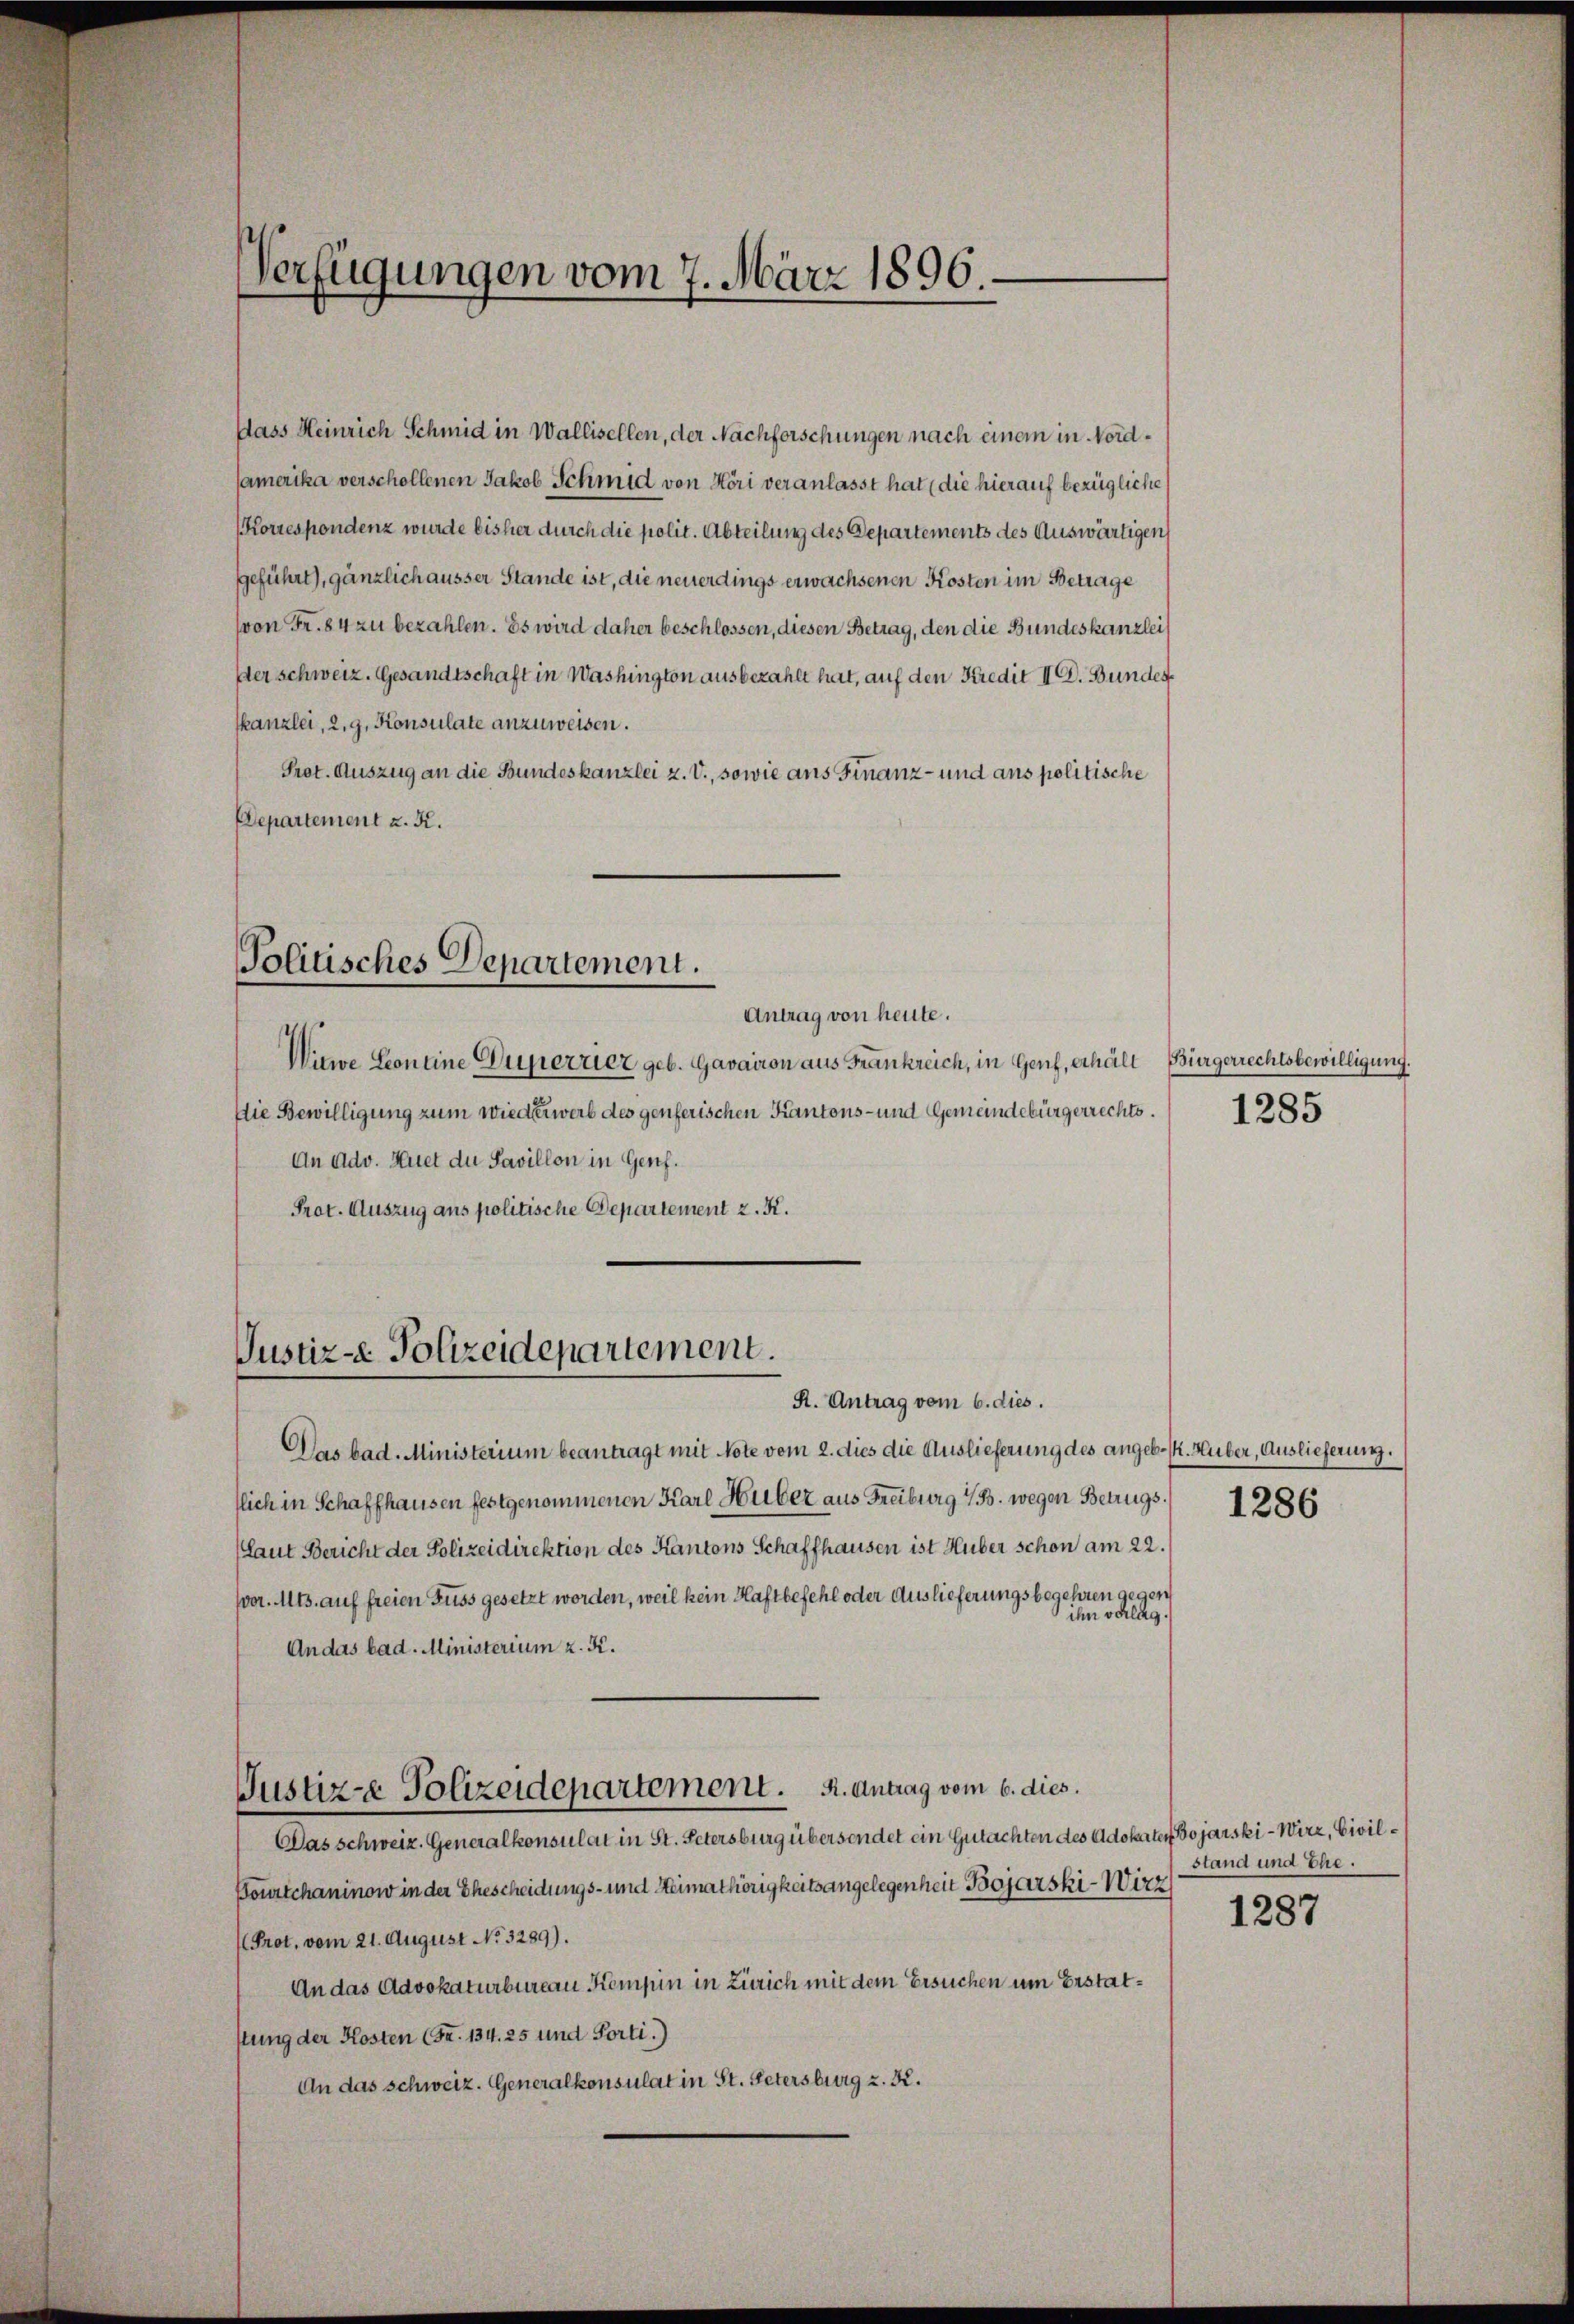
Dass Heinrich Schmid in Wallisellen, der Nachforschungen nach einem in Nord¬
Camerika verschollenen Jakob Schmid von Höri veranlasst hat die hierauf bezügliche
Korrespondenz wurde bisher durch die polit. Abteilung des Departements des Auswärtigen
geführt), gänzlich äusser Stande ist, die neuerdings erwachsenen Kosten im Betrage
(von Fr. 84 zu bezahlen. Es wird daher beschlossen, diesen Betrag, den die Bundeskanzlei
Der schweiz. Gesandtschaft in Washington ausbezahlt hat, auf den Kredit II. Bundes
skanzlei, 2. g. Konsulate anzuweisen.
Pret. Auszug an die Bundeskanzlei z. V., sowie aus Finanz- und aus politische
Departement z. R.

Verfügungen vom 7. März 1896.

Tolitisches Departement.

Witwe Leoneine Dupertier geb. Gavairon aus Frankreich, in Genf, erhält Bürgerrechtsbewilligung.
Die Bewilligung zum wiederwerb des genferischen Kantons- und Gemeindebürgerrechts.
An Adv. Huet du Pavillon in Genf.
Prot. Auszug aus politische Departement z. K.

Justiz- Polizeidepartement.

Justiz-e Polizeidepartement. A. Antrag vom 6. dies.
Das schweiz. Generalkonsulat in St. Petersburg übersendet ein Gutachten des Adokaten Bojarski - Wirz, Civil¬

Antrag von heute.

1285

R. Antrag vom 6. dies.
Das bad. Ministerium beantragt mit Note vom 2. dies die Auslieferung des angeb. K. Huber, Auslieferung.
flich in Schaffhausen festgenommenen Karl Huber aus Freiburg i/B. wegen Betrugs.
laut Bericht der Polizeidirektion des Kantons Schaffhausen ist Huber schon am 22.
pvor. Mts. auf freien Fuss gesetzt worden, weil kein Haftbefehl oder Auslieferungsbegehren gegen
ihn schlag.
An das bad. Ministerium z. K.
Kourtchaninow in der Ehescheidungs- und Heimathörigkeitsangelegenheit Bojarski-Wirz
Prot. vom 21. August No. 3289).
An das Advokaturbureau Kempin in Zürich mit dem Ersuchen um Bestatstung der Kosten (Fr. 134. 25 und Porti.)
An das schweiz. Generalkonsulat in St. Petersburg z. R.

1286

stand und Ehe.

1287